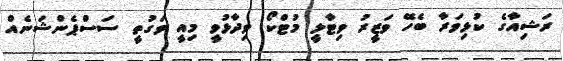
ރަޝިއާގެ ކުޅިވަރާ ބެހޭ ވަޒީރު ވިޓާލީ މުޓްކޯ ވިދާޅުވީ މިއީ ވަގުތީ ސަސްޕެންޝަނެއް